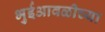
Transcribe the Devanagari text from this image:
भुईआवळीच्या